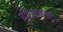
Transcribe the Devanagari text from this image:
दृष्टिछलन